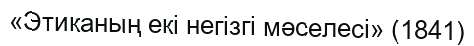
«Этиканың екі негізгі мәселесі» (1841)